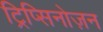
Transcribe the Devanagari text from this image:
ट्रिप्सिनोज़न